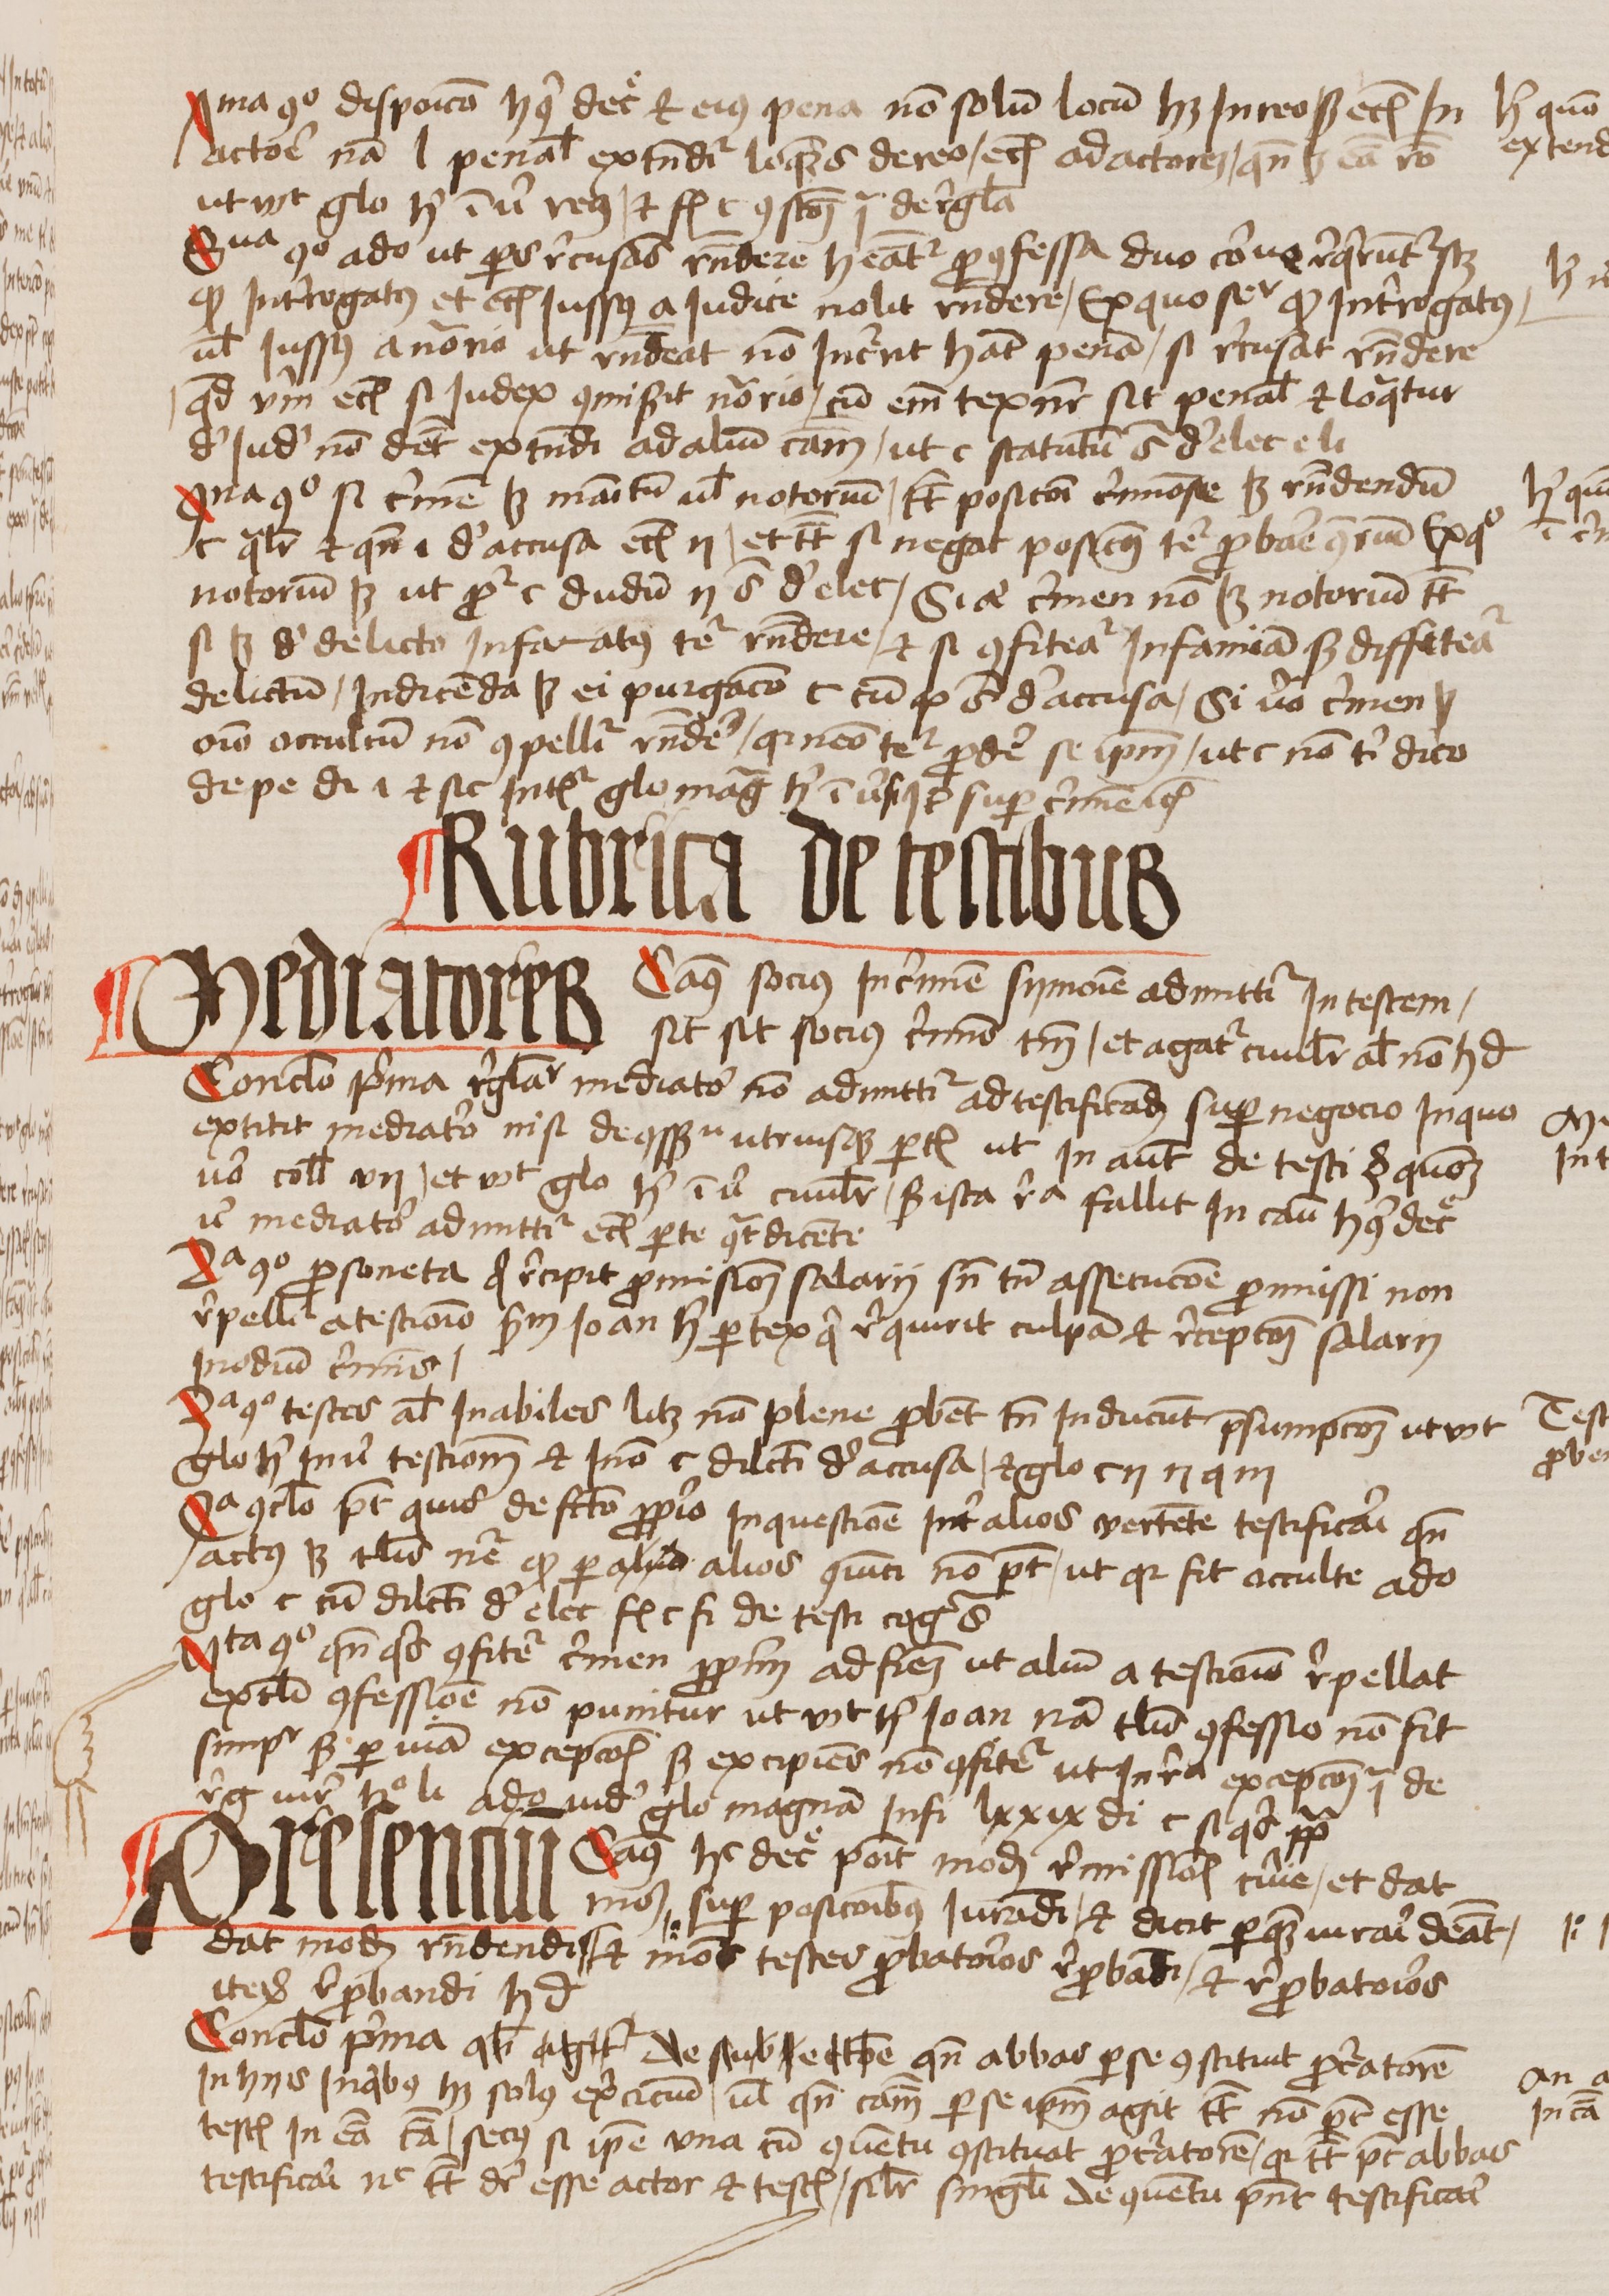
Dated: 1456–1486